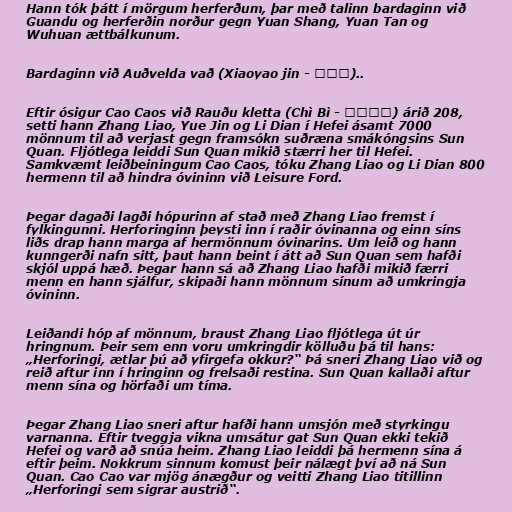
Hann tók þátt í mörgum herferðum, þar með talinn bardaginn við
Guandu og herferðin norður gegn Yuan Shang, Yuan Tan og
Wuhuan ættbálkunum.

Bardaginn við Auðvelda vað (Xiaoyao jin - 逍遥津)..

Eftir ósigur Cao Caos við Rauðu kletta (Chì Bì - 赤壁之戰) árið 208,
setti hann Zhang Liao, Yue Jin og Li Dian í Hefei ásamt 7000
mönnum til að verjast gegn framsókn suðræna smákóngsins Sun
Quan. Fljótlega leiddi Sun Quan mikið stærri her til Hefei.
Samkvæmt leiðbeiningum Cao Caos, tóku Zhang Liao og Li Dian 800
hermenn til að hindra óvininn við Leisure Ford.

Þegar dagaði lagði hópurinn af stað með Zhang Liao fremst í
fylkingunni. Herforinginn þeysti inn í raðir óvinanna og einn síns
liðs drap hann marga af hermönnum óvinarins. Um leið og hann
kunngerði nafn sitt, þaut hann beint í átt að Sun Quan sem hafði
skjól uppá hæð. Þegar hann sá að Zhang Liao hafði mikið færri
menn en hann sjálfur, skipaði hann mönnum sínum að umkringja
óvininn.

Leiðandi hóp af mönnum, braust Zhang Liao fljótlega út úr
hringnum. Þeir sem enn voru umkringdir kölluðu þá til hans:
„Herforingi, ætlar þú að yfirgefa okkur?“ Þá sneri Zhang Liao við og
reið aftur inn í hringinn og frelsaði restina. Sun Quan kallaði aftur
menn sína og hörfaði um tíma.

Þegar Zhang Liao sneri aftur hafði hann umsjón með styrkingu
varnanna. Eftir tveggja vikna umsátur gat Sun Quan ekki tekið
Hefei og varð að snúa heim. Zhang Liao leiddi þá hermenn sína á
eftir þeim. Nokkrum sinnum komust þeir nálægt því að ná Sun
Quan. Cao Cao var mjög ánægður og veitti Zhang Liao titillinn
„Herforingi sem sigrar austrið“.